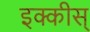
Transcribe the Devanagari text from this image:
इक्कीस्